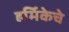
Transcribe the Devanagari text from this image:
हर्मिकेचे